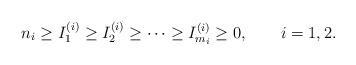
LaTeX: \begin{align*}n_{i}\ge I^{(i)}_{1}\ge I^{(i)}_{2}\ge\dots\ge I^{(i)}_{m_{i}}\ge 0,\qquad i=1,2.\end{align*}